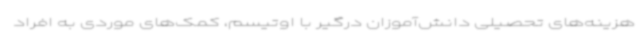
هزینه‌های تحصیلی دانش‌آموزان درگیر با اوتیسم، کمک‌های موردی به افراد